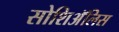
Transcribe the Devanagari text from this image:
सोशिअॅलिस